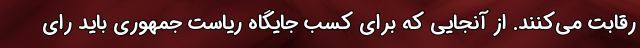
رقابت می‌کنند. از آنجایی که برای کسب جایگاه ریاست جمهوری باید رای